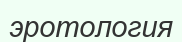
эротология